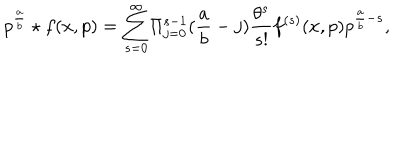
LaTeX: { p ^ { \frac { a } { b } } \star f ( x , p ) } = { \sum _ { s = 0 } ^ { \infty } } { \Pi _ { j = 0 } ^ { s - 1 } } ( { \frac { a } { b } } - j ) { \frac { \theta ^ { s } } { s ! } } f ^ { ( s ) } ( x , p ) p ^ { \frac { a } { b } - s } ,